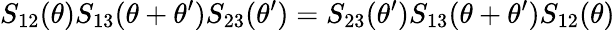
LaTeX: S_{12}(\theta)S_{13}(\theta+\theta^{\prime})S_{23}(\theta^{\prime})=S_{23}(\theta^{\prime})S_{13}(\theta+\theta^{\prime})S_{12}(\theta)